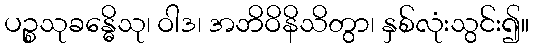
ပဉ္စသုခန္ဓေိသု၊ ဝါဒ၊ အဘိဝိနိသိတွာ၊ နှစ်လုံးသွင်း၍။